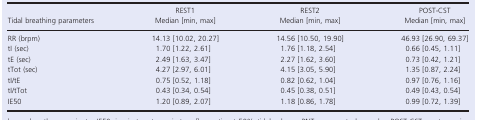
| <ROWSPAN=2> Tidal breathing parameters | REST1 | REST2 | POST‐CST |
 | Median [min, max] | Median [min, max] | Median [min, max] |
 | --- | --- | --- | --- |
 | RR (brpm) | 14.13 [10.02, 20.27] | 14.56 [10.50, 19.90] | 46.93 [26.90, 69.37] |
 | tI (sec) | 1.70 [1.22, 2.61] | 1.76 [1.18, 2.54] | 0.66 [0.45, 1.11] |
 | tE (sec) | 2.49 [1.63, 3.47] | 2.27 [1.62, 3.60] | 0.73 [0.42, 1.21] |
 | tTot (sec) | 4.27 [2.97, 6.01] | 4.15 [3.05, 5.90] | 1.35 [0.87, 2.24] |
 | tI/tE | 0.75 [0.52, 1.18] | 0.82 [0.62, 1.04] | 0.97 [0.76, 1.16] |
 | tI/tTot | 0.43 [0.34, 0.54] | 0.45 [0.38, 0.51] | 0.49 [0.43, 0.54] |
 | IE50 | 1.20 [0.89, 2.07] | 1.18 [0.86, 1.78] | 0.99 [0.72, 1.39] |